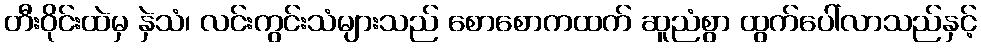
တီးဝိုင်းထဲမှ နှဲသံ၊ လင်းကွင်းသံများသည် စောစောကထက် ဆူညံစွာ ထွက်ပေါ်လာသည်နှင့်